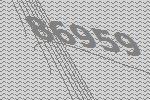
86959